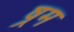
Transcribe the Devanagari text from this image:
ष्रम